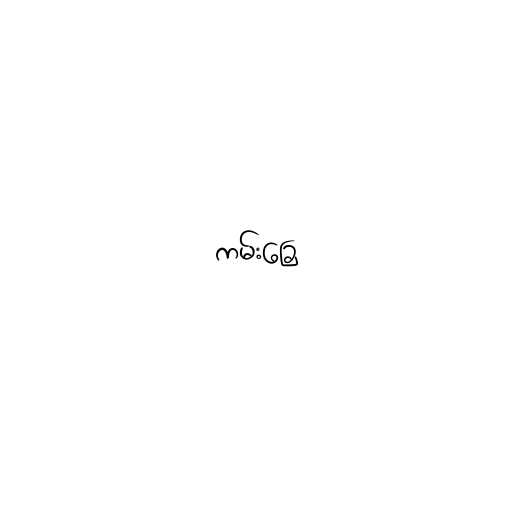
ကမ်းခြေ